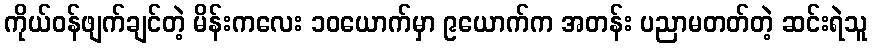
ကိုယ်ဝန်ဖျက်ချင်တဲ့ မိန်းကလေး ၁၀ယောက်မှာ ၉ယောက်က အတန်း ပညာမတတ်တဲ့ ဆင်းရဲသူ